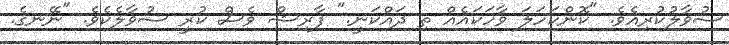
ސުވާލުކުރިއެވެ. "ކޮންކަހަލަ ވާހަކައެއް ތި ދައްކަނީ." ފާރިޝް ވެސް ކުރީ ސުވާލެކެވެ. "ނޭނގެ.